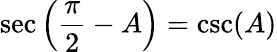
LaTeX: \sec\left({\frac{\pi}{2}}-A\right)=\csc(A)